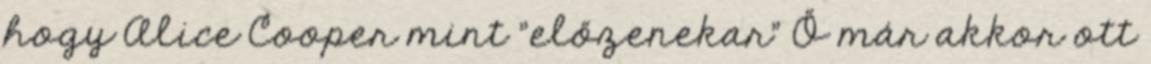
hogy Alice Cooper mint "előzenekar" Ő már akkor ott